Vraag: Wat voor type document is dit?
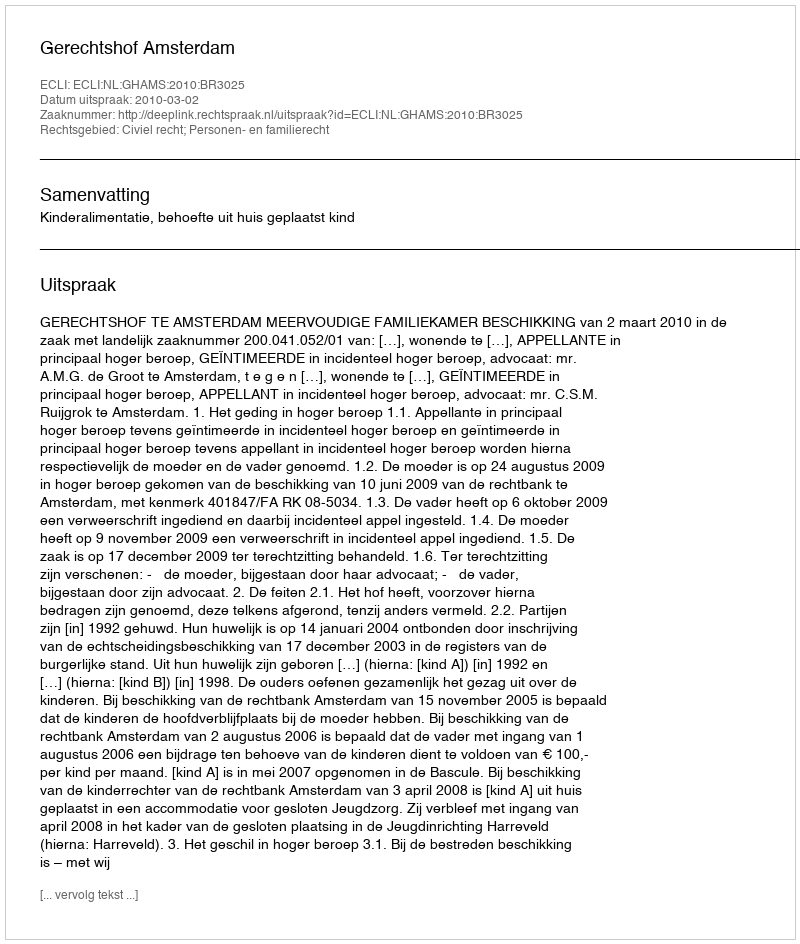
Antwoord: Uitspraak